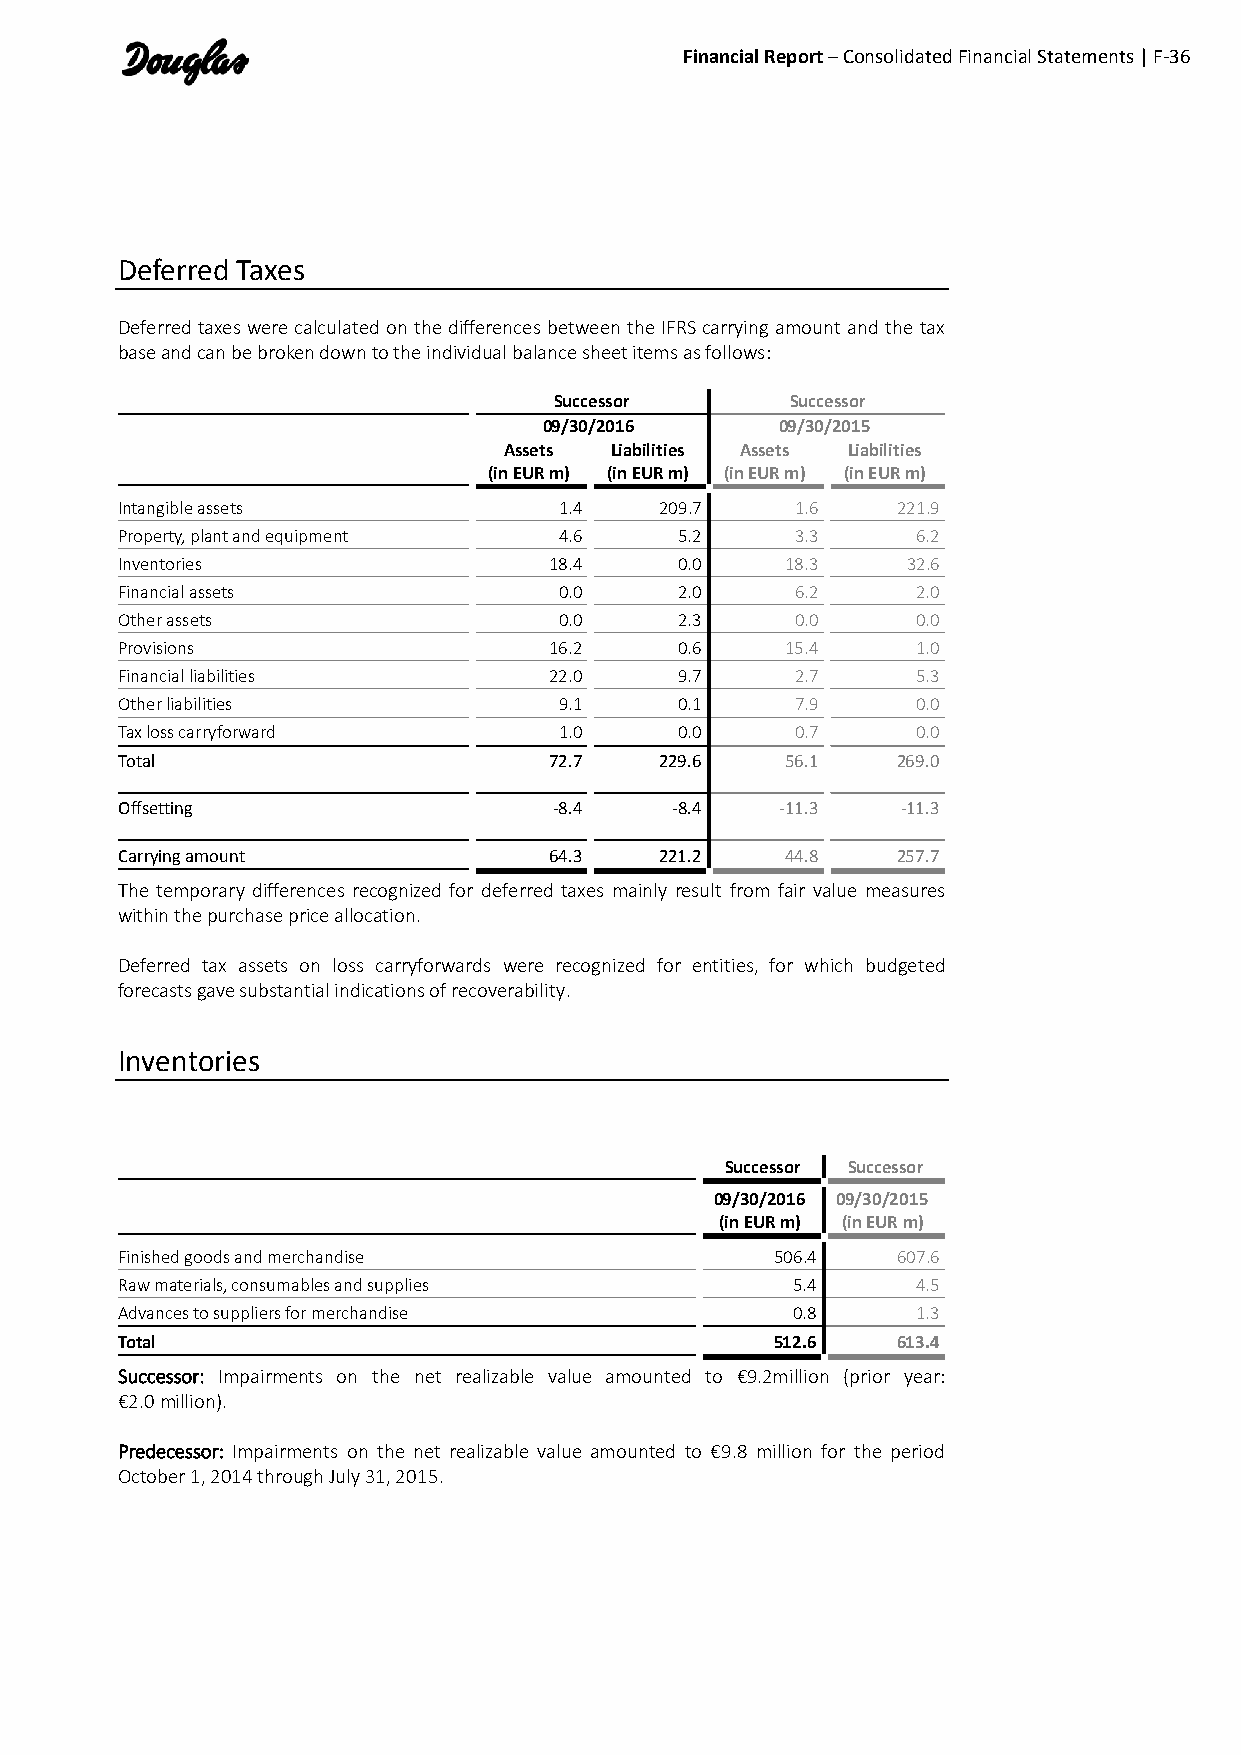
Financial Report – Consolidated Financial Statements | F-36
 Deferred Taxes
 Deferred taxes were calculated on the differences between the IFRS carrying amount and the tax
 base and can be broken down to the individual balance sheet items as follows:
 Successor      Successor
 09/30/2016      09/30/2015
 Assets Liabilities Assets Liabilities
 (in EUR m) (in EUR m) (in EUR m) (in EUR m)
 Intangible assets            1.4    209.7    1.6   221.9
 Property, plant and equipment 4.6    5.2     3.3     6.2
 Inventories                 18.4     0.0    18.3    32.6
 Financial assets             0.0     2.0     6.2     2.0
 Other assets                 0.0     2.3     0.0     0.0
 Provisions                  16.2     0.6    15.4     1.0
 Financial liabilities       22.0     9.7     2.7     5.3
 Other liabilities            9.1     0.1     7.9     0.0
 Tax loss carryforward        1.0     0.0     0.7     0.0
 Total                       72.7    229.6   56.1   269.0
 Offsetting                   -8.4   -8.4    -11.3   -11.3
 Carrying amount             64.3    221.2   44.8   257.7
 The temporary differences recognized for deferred taxes mainly result from fair value measures
 within the purchase price allocation.
 Deferred tax assets on loss carryforwards were recognized for entities, for which budgeted
 forecasts gave substantial indications of recoverability.
 Inventories
 Successor Successor
 09/30/2016 09/30/2015
 (in EUR m) (in EUR m)
 Finished goods and merchandise             506.4   607.6
 Raw materials, consumables and supplies     5.4      4.5
 Advances to suppliers for merchandise       0.8      1.3
 Total                                      512.6   613.4
 Successor: Impairments on the net realizable value amounted to €9.2million (prior year:
 €2.0 million).
 Predecessor: Impairments on the net realizable value amounted to €9.8 million for the period
 October 1, 2014 through July 31, 2015.